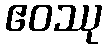
ဧဝဿု